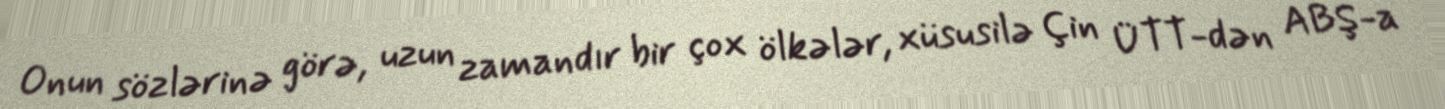
Onun sözlərinə görə, uzun zamandır bir çox ölkələr, xüsusilə Çin ÜTT-dən ABŞ-a